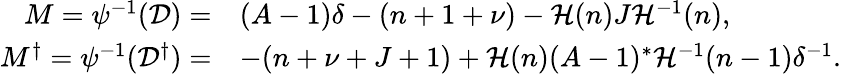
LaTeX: \begin{array}{rl}{M=\psi^{-1}(\mathcal{D})=}&{(A-1)\delta-(n+1+\nu)-\mathcal{H}(n)J\mathcal{H}^{-1}(n),}\\ {M^{\dagger}=\psi^{-1}(\mathcal{D}^{\dagger})=}&{-(n+\nu+J+1)+\mathcal{H}(n)(A-1)^{\ast}\mathcal{H}^{-1}(n-1)\delta^{-1}.}\end{array}